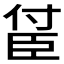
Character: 𬛤